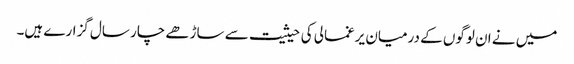
میں نے ان لوگوں کے درمیان یرغمالی کی حیثیت سے ساڑھے چار سال گزارے ہیں۔